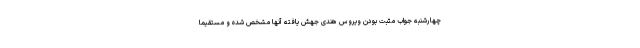
چهارشنبه جواب مثبت بودن ویروس هندی جهش یافته آنها مشخص شده و مستقیما